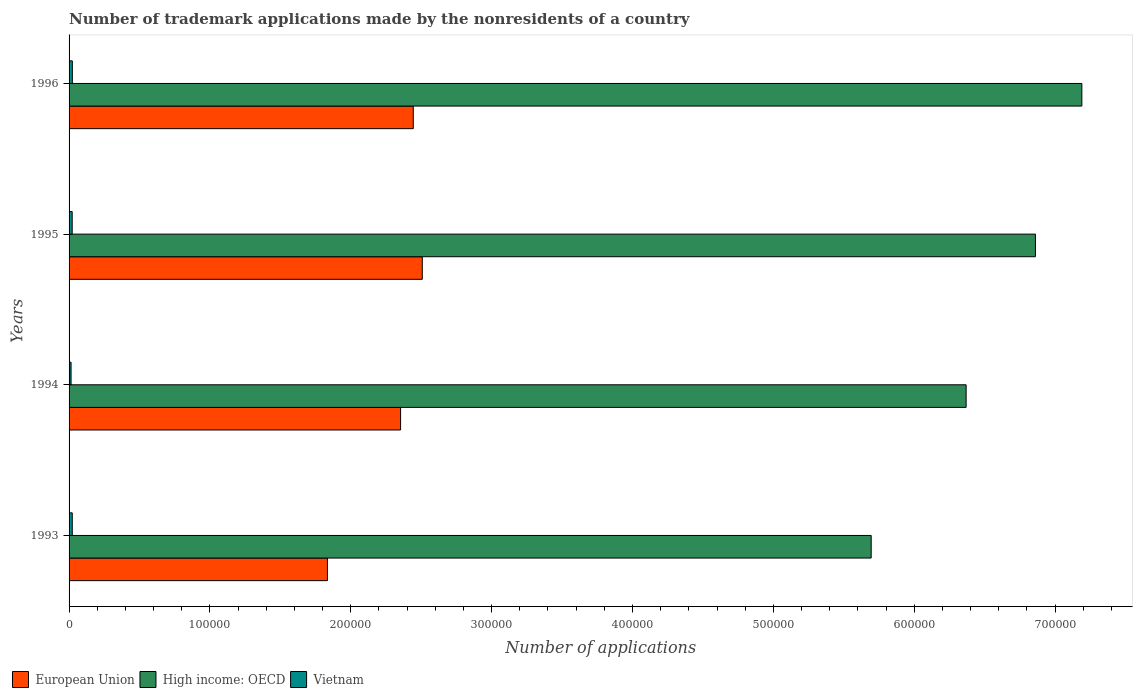
| Years | European Union | High income: OECD | Vietnam |
 | --- | --- | --- | --- |
 | 1993 | 1.83e+05 | 5.69e+05 | 2.27e+03 |
 | 1994 | 2.35e+05 | 6.37e+05 | 1.42e+03 |
 | 1995 | 2.51e+05 | 6.86e+05 | 2.22e+03 |
 | 1996 | 2.44e+05 | 7.19e+05 | 2.32e+03 |